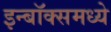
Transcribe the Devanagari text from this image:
इन्बॉक्समध्ये